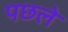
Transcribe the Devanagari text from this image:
पछले